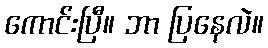
ကောင်းပြီ။ ဘာ ပြနေလဲ။